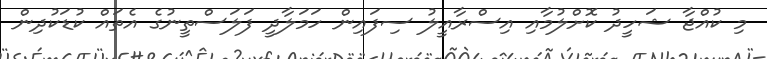
މި ކުއްޖާ ޝަހީދު ކޮށްލުމާއި އިސްރާއީލު ސިފައިން ހަމަލާދީ ފަލަސްތީނުގެ އެތައް ކުޑަކުދިން